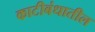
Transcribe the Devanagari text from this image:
काटीबंधातील